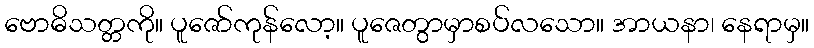
ဗောဓိသတ္တကို။ ပူဇော်ကုန်လော့။ ပူဇေတွာမှာစပ်လသော။ အာယနာ၊ နေရာမှ။